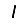
Digit: 1